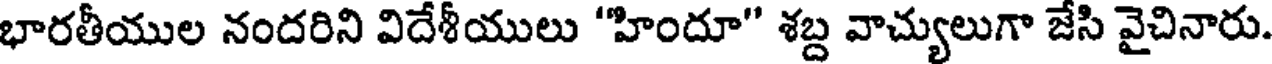
భారతీయుల నందరిని విదేశీయులు "హిందూ" శబ్ద వాచ్యులుగా జేసి వైచినారు.